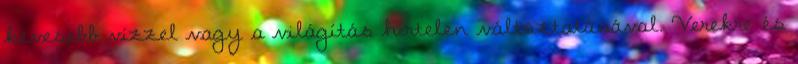
kevesebb vízzel vagy a világítás hírtelen változtatásával. Verekre és